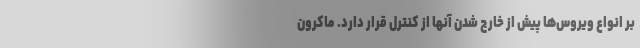
بر انواع ویروس‌ها پیش از خارج شدن آنها از کنترل قرار دارد. ماکرون